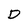
Character: D